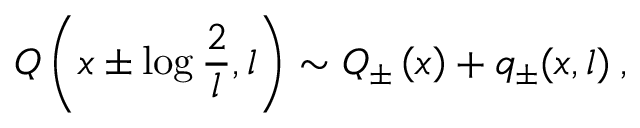
{ \cal Q } \left( x \pm \log \displaystyle \frac { 2 } { l } , l \right) \sim { \cal Q } _ { \pm } \left( x \right) + q _ { \pm } ( x , l ) \: ,